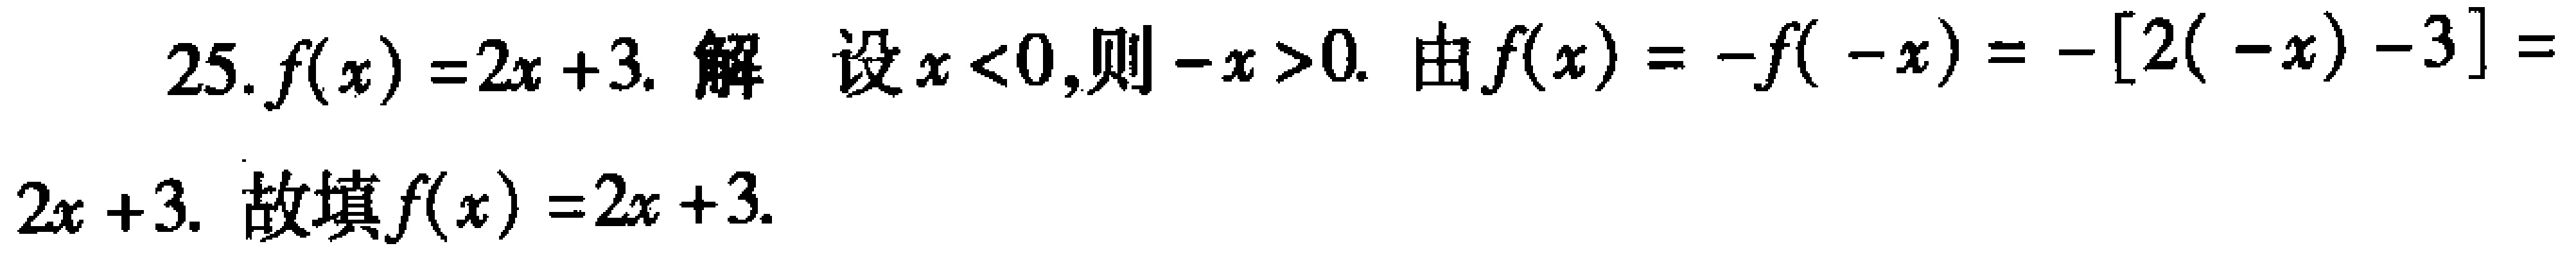
25. \(f(x)=2x + 3\). 解 设\(x<0\),则\(-x>0\). 由\(f(x)=-f(-x)=-[2(-x)-3]=2x + 3\). 故填\(f(x)=2x + 3\).